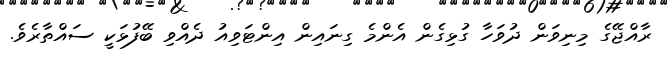
ރާއްޖޭގެ މިނިވަން ދުވަހާ ގުޅިގެން އެންމެ ގިނައިން އިންޓަވިއު ދެއްވި ބޭފުޅަކީ ސައްތާރެވެ.